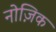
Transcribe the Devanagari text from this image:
नोज़िक